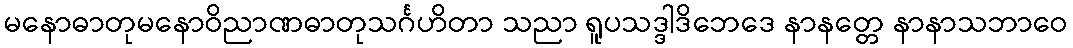
မနောဓာတုမနောဝိညာဏဓာတုသင်္ဂဟိတာ သညာ ရူပသဒ္ဒါဒိဘေဒေ နာနတ္တေ နာနာသဘာဝေ